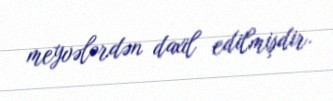
meyvələrdən daxil edilmişdir.